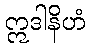
ဣဒါနိဟံ